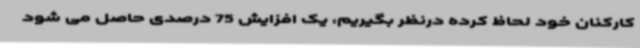
کارکنان خود لحاظ کرده درنظر بگیریم، یک افزایش 75 درصدی حاصل می شود